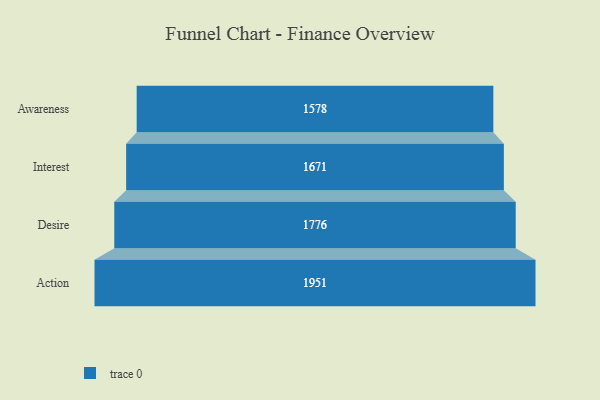
{"axis": {"x": "Stage", "y": "Value"}, "legend": [""], "data": [{"x": "Awareness", "y": 1578.0, "type": ""}, {"x": "Interest", "y": 1671.0, "type": ""}, {"x": "Desire", "y": 1776.0, "type": ""}, {"x": "Action", "y": 1951.0, "type": ""}]}